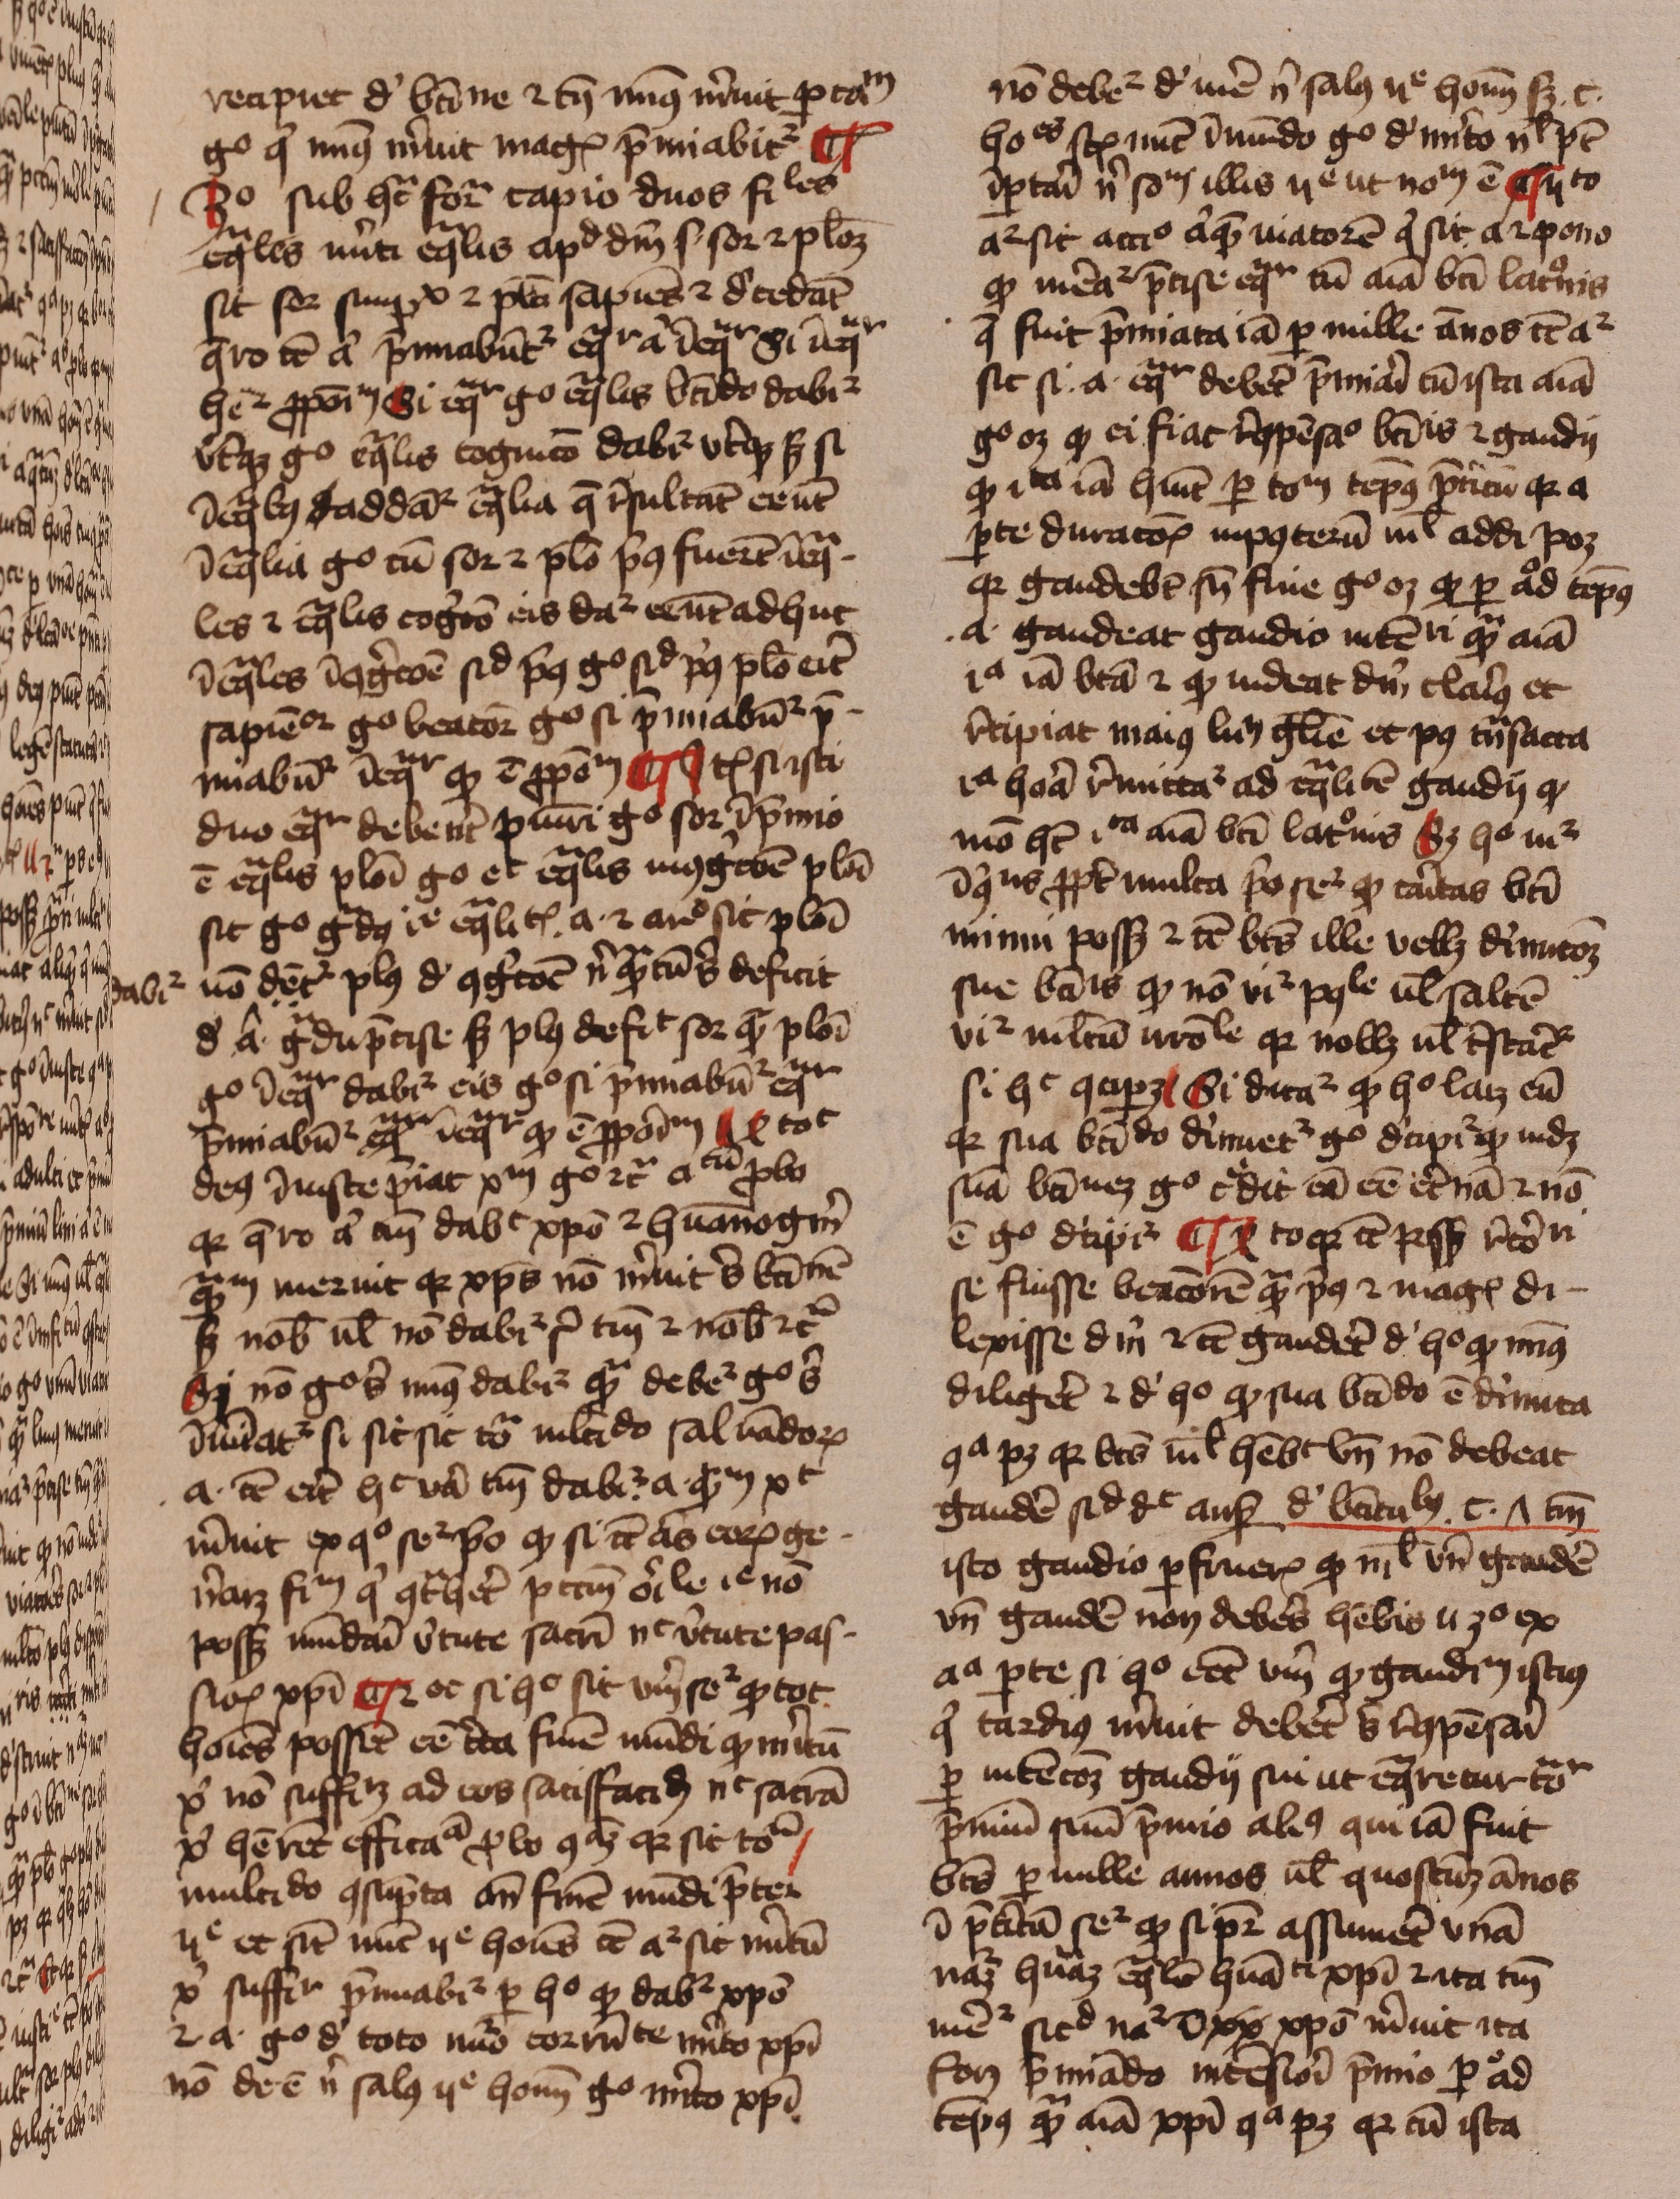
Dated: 1429–1431